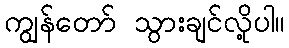
ကျွန်တော် သွားချင်လို့ပါ။